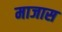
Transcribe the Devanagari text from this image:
माजास